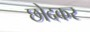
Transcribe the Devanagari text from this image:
छोदकर